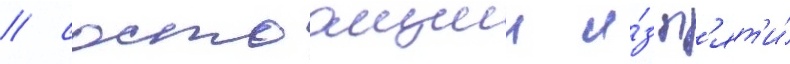
/ состоащии и́з п'ят'и́